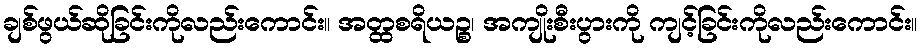
ချစ်ဖွယ်ဆိုခြင်းကိုလည်းကောင်း။ အတ္ထစရိယဉ္စ၊ အကျိုးစီးပွားကို ကျင့်ခြင်းကိုလည်းကောင်း။